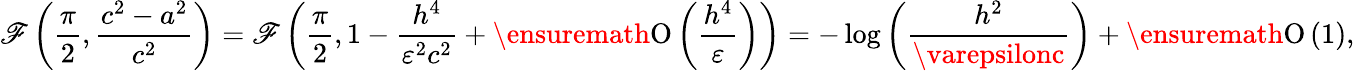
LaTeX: \mathscr{F}\left(\frac{{\pi}}{{2}},\frac{{c^{2}-a^{2}}}{{c^{2}}}\right)=\mathscr{F}\left(\frac{{\pi}}{{2}},1-\frac{{h^{4}}}{{\varepsilon^{2}c^{2}}}+\ensuremath{{\operatorname{O}\left(\frac{{h^{4}}}{{\varepsilon}}\right)}}\right)=-\log{\left(\frac{{h^{2}}}{{\varepsilonc}}\right)}+\ensuremath{{\operatorname{O}\left(1\right)}},